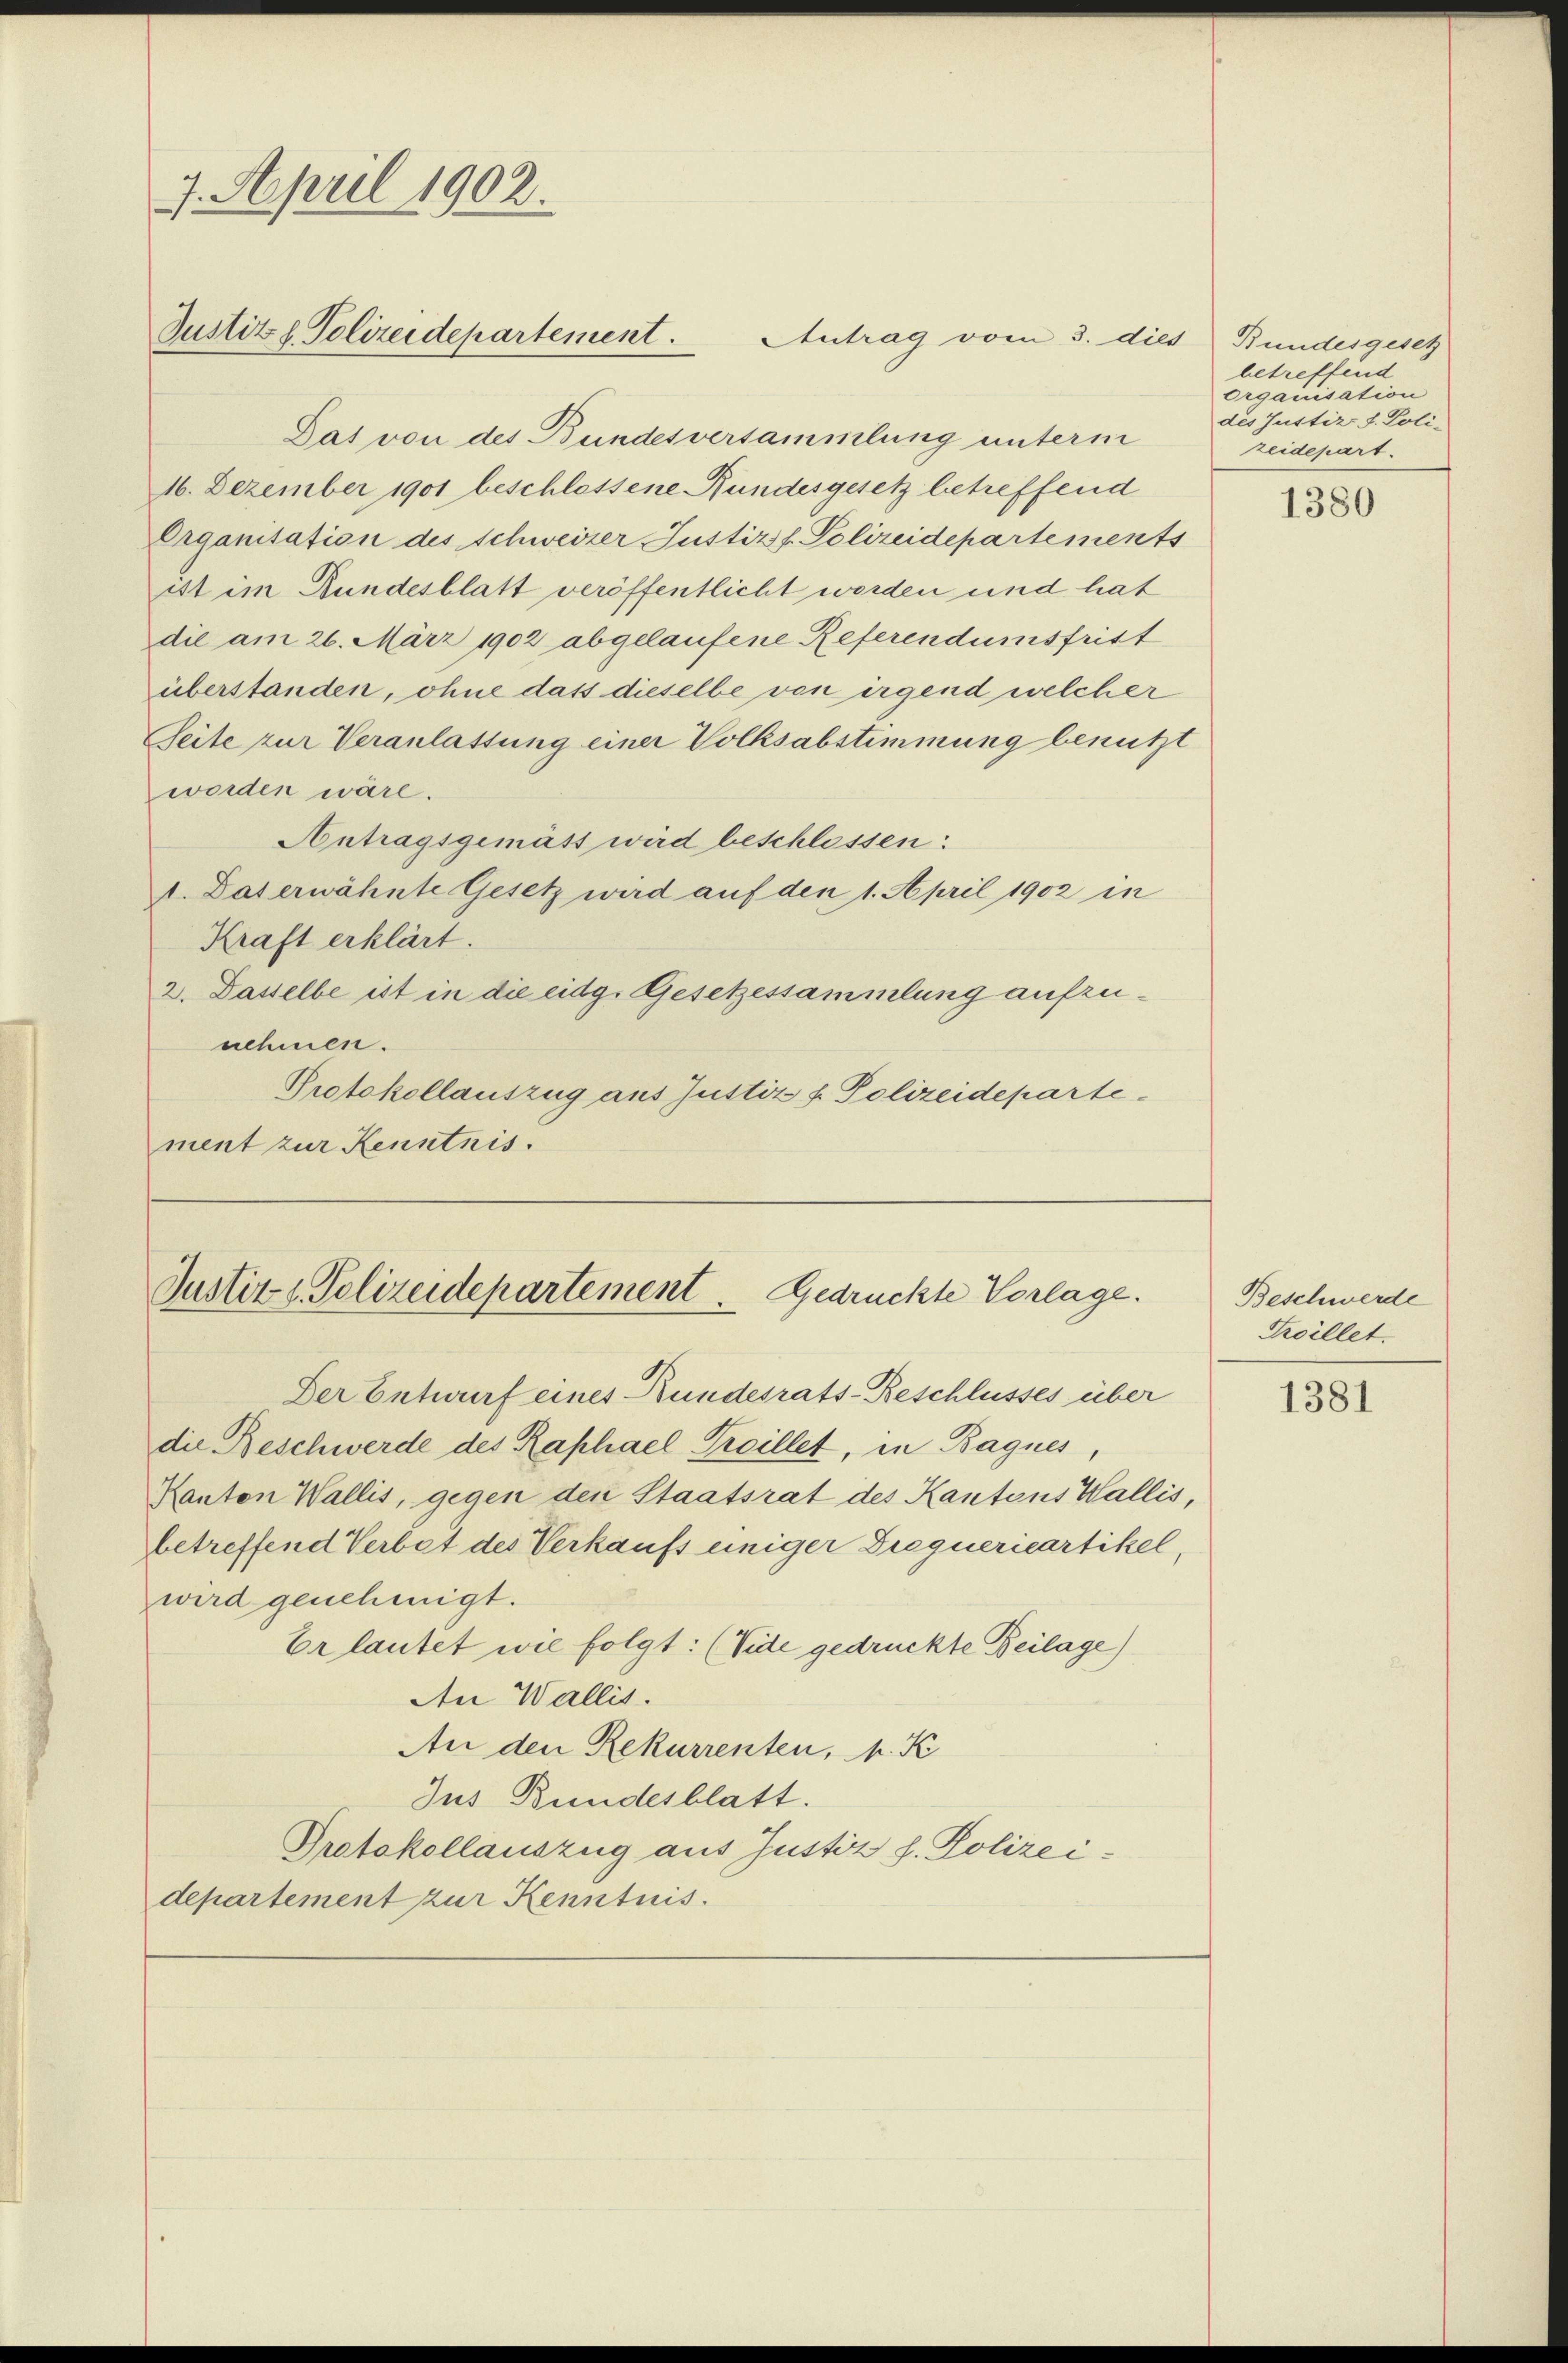
Das von des Bundesversammlung unterm
16. Dezember 1901 beschlossene Bundesgesetz betreffend
Erganitation des Schweizer Justiz f. Polizeidepartements
itt im Bundesblatt veröffentlicht werden und hat
die am 26. März 1902 abgelaufene Referendumsfrist
überstanden, ohne dass dieselbe von irgend welcher
Seite zur Veranlassung einer Volksabstimmung benutzt
worden wäre.
Antragsgemäss wird beschlossen:
1. Das erwähnte Gesetz wird auf den 1. April 1902 in
Kraft erklärt.
2. Dasselbe ist in die eidg. Gesetzessammlung aufzunehmen.
Protokollauszug aus Justiz & Polizeideparte
ment zur Kenntnis.

7. April 1902.
Justiz & Polizeidepartement.
Antrag vom 3. dies Bundesgesch

Justiz & Polizeidepartement. Gedrückte Vorlage.

Der Entwurf eines Bundesrats-Beschlusses über
die Beschwerde des Raphael Freillet, in Bagnes,
Ranton Wallis, gegen den Staatsrat des Kantons Wallis,
betreffend Verbot des Verkaufs einiger Dregnerieartikel,
wird genehmigt.
Erlautet wie folgt: (Vide gedruckte Beilage)
An Wallis.
An den Rekurrenten, k. K
Jus Bundesblatt.
Protokollauszug aus Justiz h. Polizeidepartement zur Kenntnis

betreffend
organisation
des Justiz d. Poli-
zeidepart.

1380

Beschwerde
Freillet.

1381